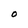
Character: 0